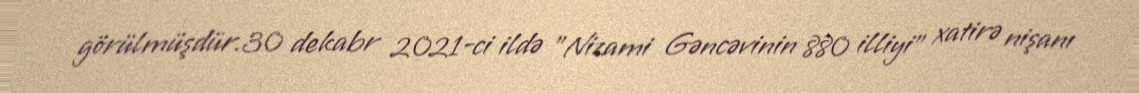
görülmüşdür.30 dekabr 2021-ci ildə "Nizami Gəncəvinin 880 illiyi" xatirə nişanı